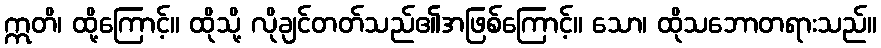
ဣတိ၊ ထို့ကြောင့်။ ထိုသို့ လိုချင်တတ်သည်၏အဖြစ်ကြောင့်။ သော၊ ထိုသဘောတရားသည်။